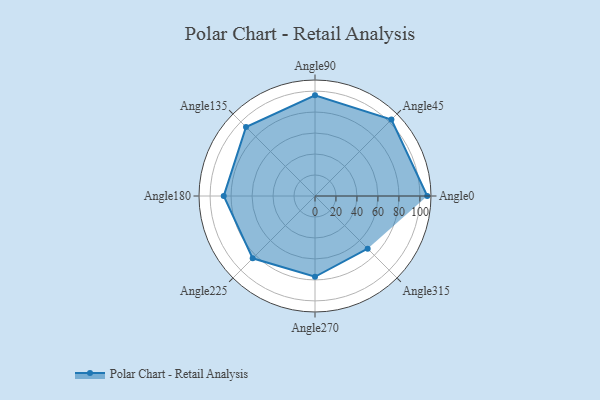
{"axis": {"x": "Angle", "y": "Radius"}, "legend": [""], "data": [{"x": "Angle0", "y": 107.0, "type": ""}, {"x": "Angle45", "y": 103.0, "type": ""}, {"x": "Angle90", "y": 96.0, "type": ""}, {"x": "Angle135", "y": 93.0, "type": ""}, {"x": "Angle180", "y": 87.0, "type": ""}, {"x": "Angle225", "y": 84.0, "type": ""}, {"x": "Angle270", "y": 77.0, "type": ""}, {"x": "Angle315", "y": 71.0, "type": ""}]}